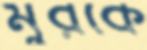
মুরকে